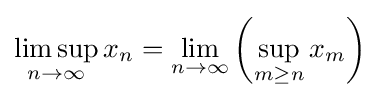
\limsup _{n\to \infty }x_{n}=\lim _{n\to \infty }\left(\sup _{m\geq n}x_{m}\right)